Mental hospitals Bombay report 1929-33 - 1929-1933
Year: 1929
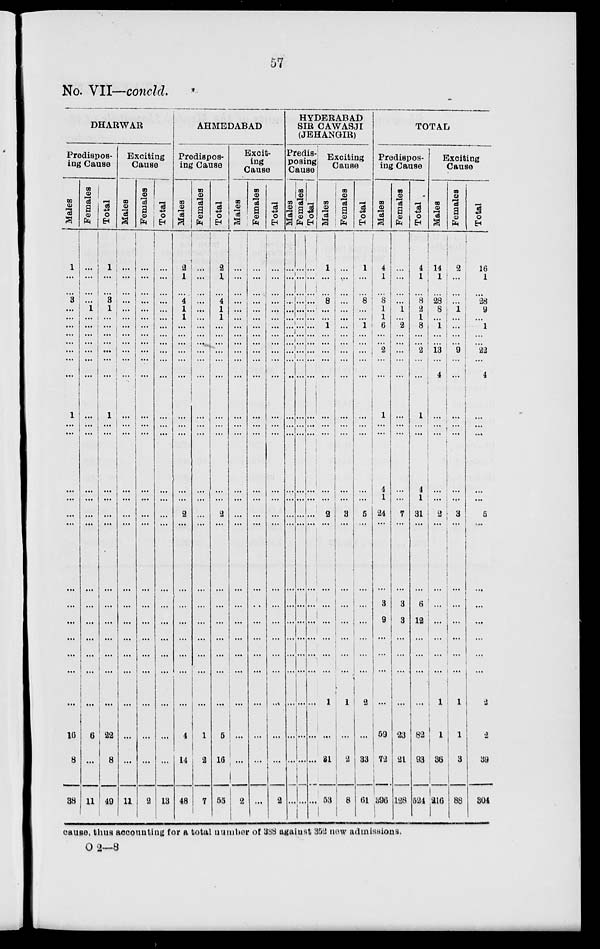
57
No. VII—conclcl.
DHARWAR
Predispos-
ing Cause
Males
1
...
...
3
...
...
...
...
...
...
...
...
1
...
...
...
...
...
...
...
...
...
...
...
...
...
16
8
38
Females
...
...
... ...
1
...
...
...
...
... ...
...
...
...
...
...
...
...
...
...
...
...
...
...
...
...
6
...
11
Total
...
...
... 3
1
...
...
...
...
...
... ...
1
...
...
...
...
...
...
...
...
...
...
...
...
...
22
8
49
Exciting
Cause
Males
...
...
...
...
...
...
...
...
...
...
...
...
...
...
...
...
...
...
...
...
...
...
...
...
...
...
...
11
Females
...
...
...
...
...
...
...
...
...
...
...
...
...
...
...
...
...
...
...
...
...
...
...
...
...
...
...
...
2
Total
...
...
...
...
...
... ...
...
...
...
...
...
...
...
...
...
...
...
...
...
...
...
...
...
...
...
...
...
13
AHMEDABAD
Predispos-
ing Cause
Males
2
...
...
4 1 1
...
...
...
...
...
...
...
...
...
...
2
...
...
...
...
...
...
...
...
4
14
48
Females
...
...
...
...
...
...
...
...
...
...
...
...
...
...
...
...
...
...
...
...
...
...
...
...
...
...
1
2
7
Total
2
1
...
4
1
1
...
...
...
...
...
...
...
...
...
...
...
2
...
...
...
...
...
...
...
...
5
16
55
Excit-
ing
Cause
Males
...
...
...
...
...
...
...
...
...
...
...
...
...
...
...
...
...
...
...
...
...
...
...
...
...
...
...
...
2
Females
...
...
...
...
...
...
...
...
...
...
...
...
...
...
...
...
...
...
...
...
...
...
...
...
...
...
...
...
...
Total
...
...
...
...
...
...
...
...
...
...
...
...
...
...
...
...
...
...
...
...
...
...
...
...
...
...
...
...
2
HYDERABAD
SIR CAWASJI
(JEHANGIR)
Predis-
posing
Cause
Males
...
...
...
...
...
... ...
...
...
...
...
...
...
...
...
...
...
...
...
...
...
...
...
...
...
...
...
...
...
Females
...
...
...
...
...
...
...
...
...
...
...
...
...
...
...
...
...
...
...
...
...
...
...
...
...
...
...
...
...
Total
...
...
... ...
...
...
...
...
...
...
...
...
...
...
...
...
...
...
...
...
...
...
...
...
...
...
...
...
...
Exciting
Cause
Males
1
...
...
8
...
...
1
...
...
...
...
...
...
...
...
...
...
2
...
...
...
...
...
...
...
1
...
31
53
Females
...
...
...
...
...
...
...
...
...
...
...
...
...
...
...
...
...
3
...
...
...
...
...
...
...
1
...
2
8
Total
1
...
...
8
...
...
1
... ...
...
...
...
...
...
...
...
...
5
...
...
...
...
...
...
...
2
...
33
61
TOTAL
Predispos-
ing Cause
Males
4
1
...
8
1
1
6
...
...
2
...
...
1
...
...
4
1
24
...
...
3
9
...
...
...
...
59
72
396
Females
...
...
...
...
1
...
2
...
...
...
...
...
...
...
...
...
...
7
...
...
3
3
...
...
...
...
23
21
128
Total
4
1
...
8
2
1
8
...
...
2
...
...
1
...
...
4
1
31
...
...
6
12
...
...
...
1
82
93
524
Exciting
Cause
Males
14
1
...
28
8
...
1
...
...
13
...
4
...
...
...
...
...
2
...
...
...
...
...
...
...
1
1
38
216
Females
2
...
...
...
1
...
...
...
...
9
...
...
...
...
...
...
...
3
...
...
...
...
...
...
...
1
1
3
88
Total
16
1
... 28
9
... 1
...
...
22
...
4
...
...
...
...
...
5
..
...
...
...
...
...
...
2
2
39
304
cause, thus accounting for a total number of 388 against 352 now adimissions.
O 2-8